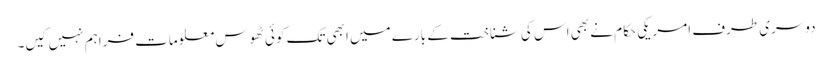
دوسری طرف امریکی حکام نے بھی اس کی شناخت کے بارے میں ابھی تک کوئی ٹھوس معلومات فراہم نہیں کیں۔